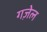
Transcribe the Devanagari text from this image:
गज़ेल